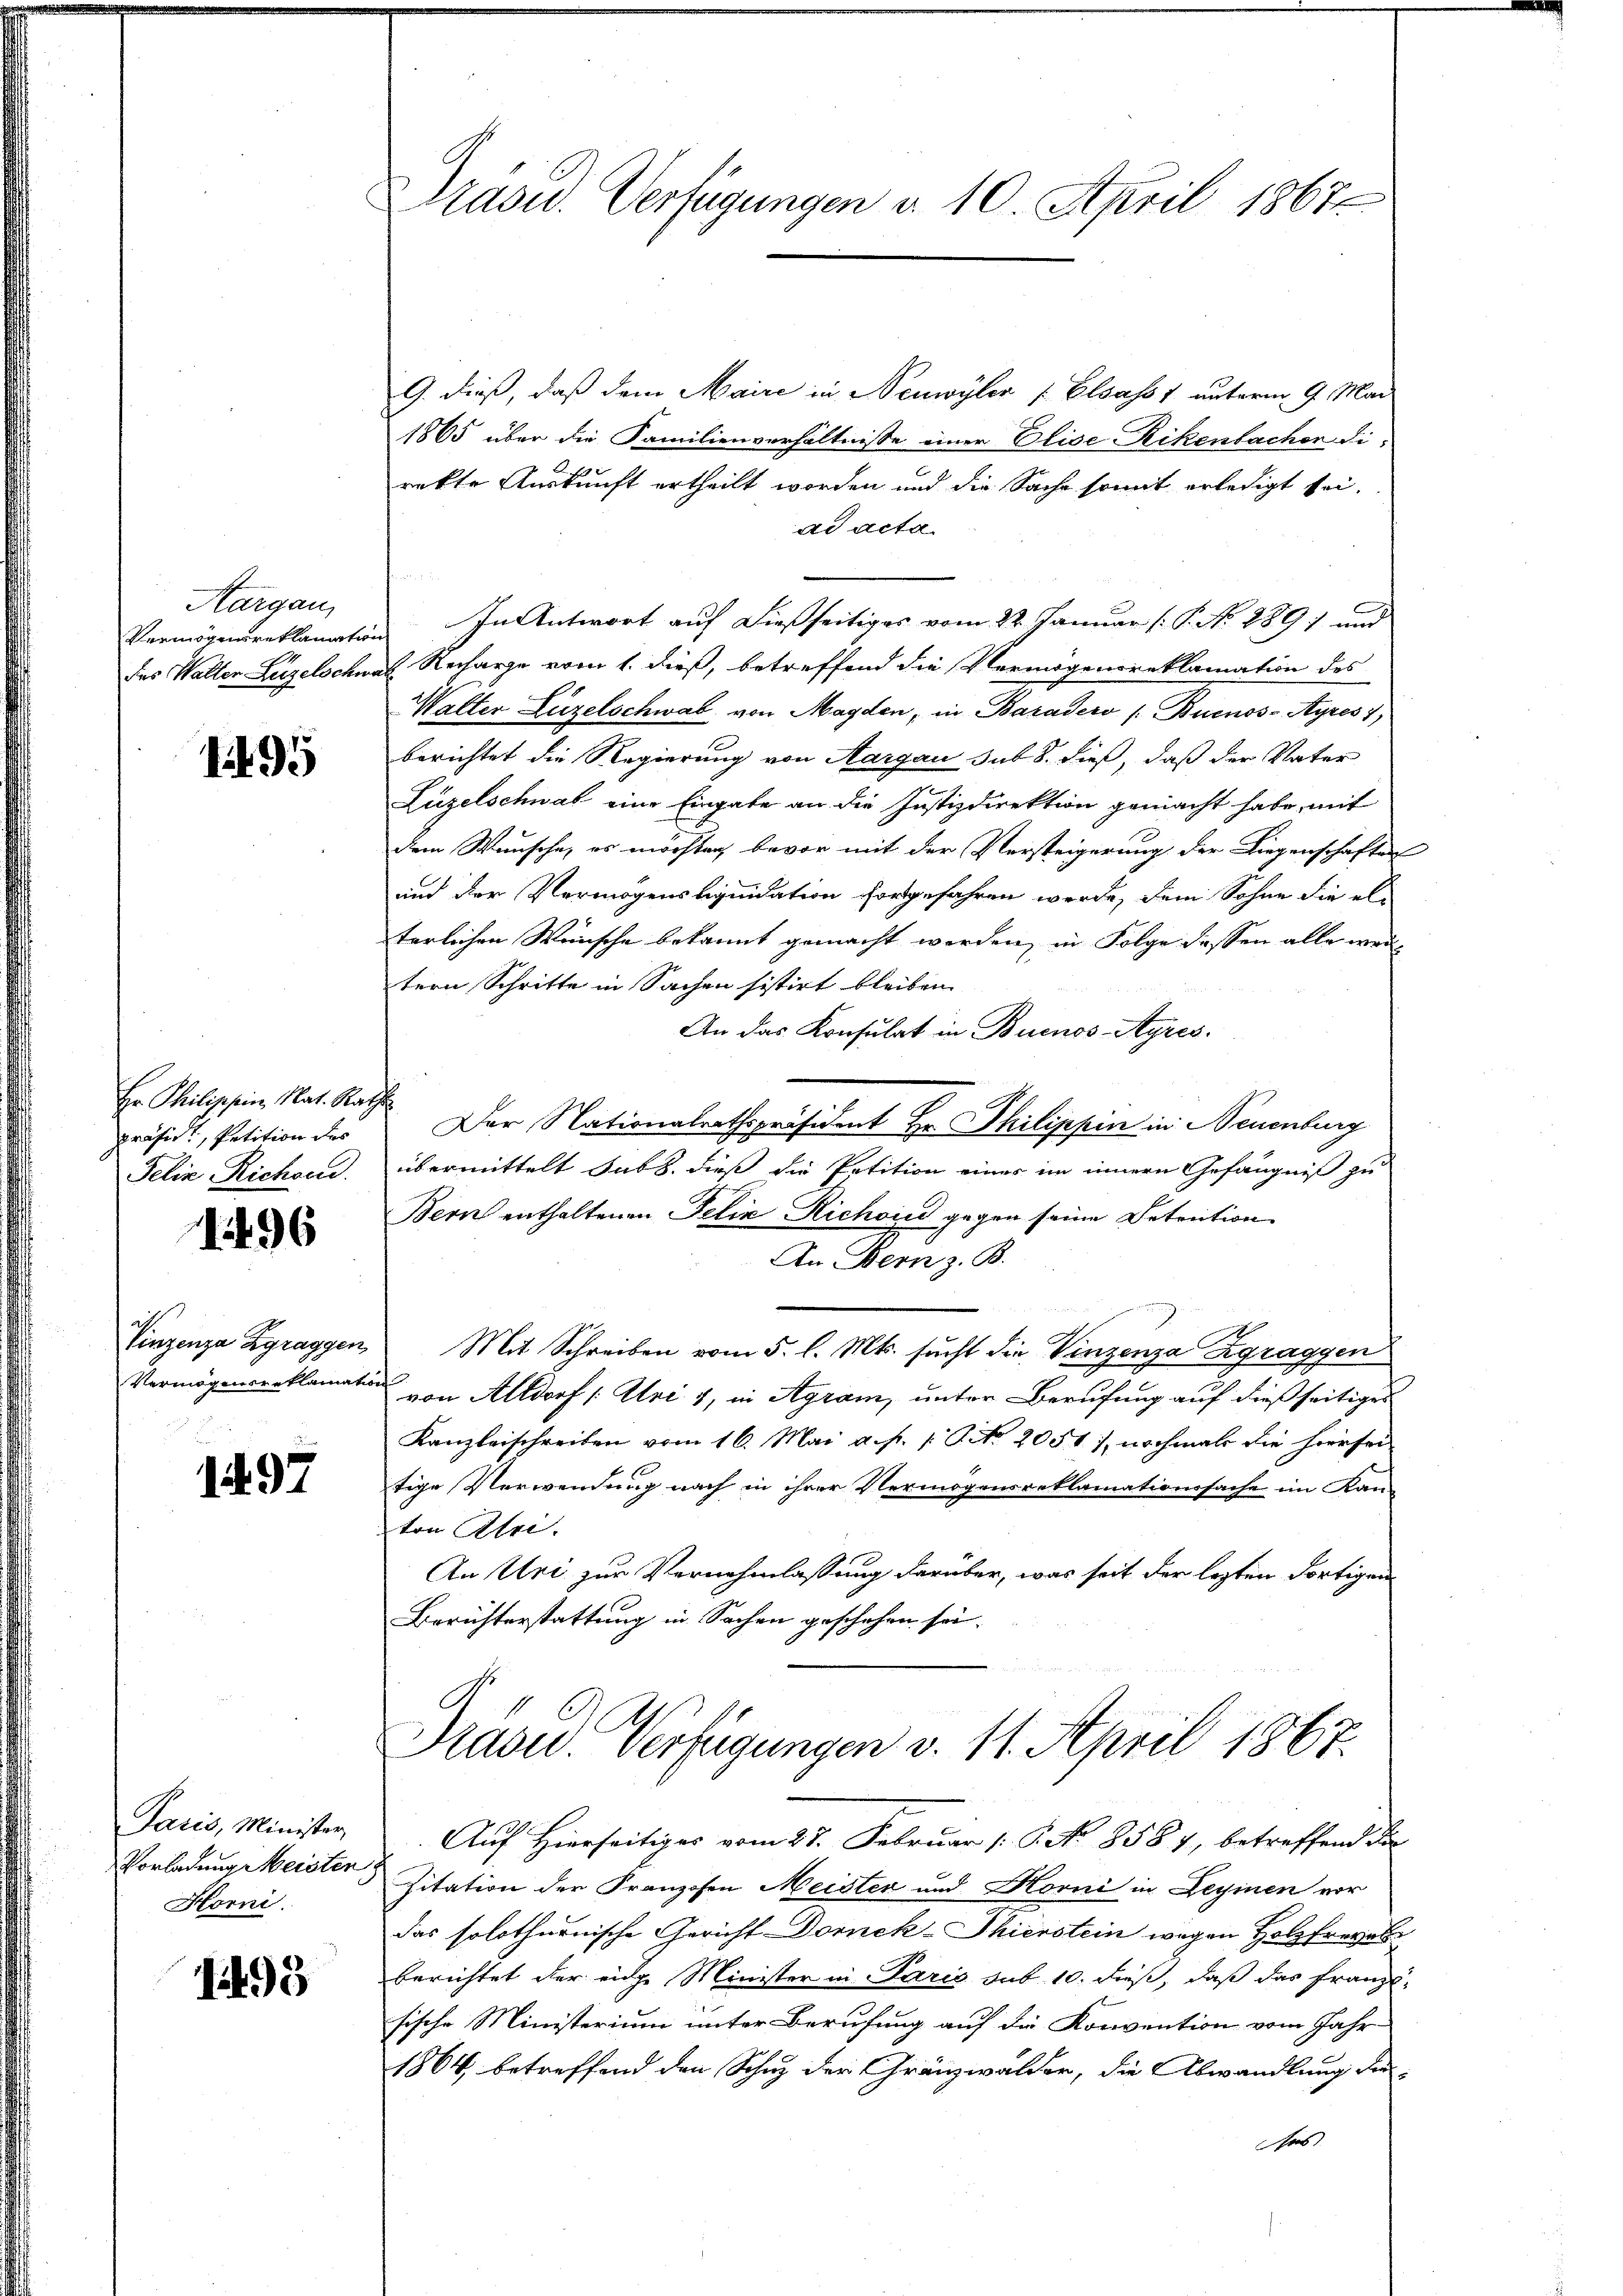
Aargau,

1495

Er Philischein, Nat. Rathe
präsidi, Petition des
Felix Richon.

1496

Vinzenza Zgraggen
Vermögeiereklamat

1497

Paris, Minister
Vorladung Meisten
Horni.

it 95

Präsid. Verfügungen a. 10. April 1867

G. dieß, daß dem Maire in Neuwyler Elsasst unterm 9. Mai
1865 über die Familienverhältnisse einer Elise Rikenbacher di
rekte Auskunft ertheilt worden und die Sache somit erledigt sei.
ad acta
Vermögenreklamation. In Antwort auf dießseitiges vom 22. Januar P. No. 1891 und
des Walter Lügelschwal Recharge vom 1. dieß, betreffend die Vermögensreklamation des
Walter Lüzelschwab, von Magden, in Baradero / Buenos-Ayres 1
berichtet die Regierung von Aargau sub 8. dieß, daß der Vater
Lüzelschwal eine Eingabe an die Justizdirektion gemacht habe, mit
dem Wunsche, es möchten, bevor mit der Versteigerung der Liegenschaften
und der Vermögensliquidation fortgefahren werde, dem Sohne die el-
terlichen Wünsche bekannt gemacht werden, in Folge dessen alle weitern Schritte in Sachen sistirt bleiben
An das Konsulat in Buenos-Ayres.
Der Nationalrathspräsident Hr. Philippin in Neuenburg
übermittelt habe. dieß die Petition einer im innern Gefängniß zu
Bern enthaltenen Felix Richaid gegen seine Detention
An Bern z. B.

" Mit Schreiben vom 5. l. Mts. sucht die Vinzenza Zgraggen
auf
von Altdorf (Uri. 4, in Agram, unter Berufung auf dießseitiges
Kanzleischreiben vom 16. Mai a. p. 1 S. No. 2051), nochmals die hiersei
tige Verwendung nach in ihrer Vermögensreklamationssache im Kan-
ton Ulri
An Uri zur Vernehmlassung darüber, was seit der lezten Fortigen
Berichterstattung in Sachen geschehen sei.
Präsid.. Verfügungen v. 11. April 1867.
.Auf Hierseitiges vom 27. Februar (: C. No 8584, betreffend die
Zitation der Franzosen Meister und Horni in Leyinen vor
das solothurnische Gericht Dornek-Thierstein wegen Holzfrevel
berichtet der eidg. Minister in Paris sub 10. dieß, daß das franz-
sische Ministerium unter Berufung auf die Konvention vom Jahr-
1864, betreffend den Schuz der Gränzwalder, die Abwandlung der
rs